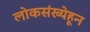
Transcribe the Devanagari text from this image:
लोकसंख्येहून